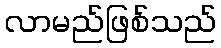
လာမည်ဖြစ်သည်